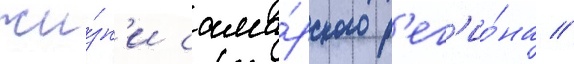
жи́зн'и сама́рского р'ег'ио́на //